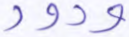
ودود